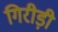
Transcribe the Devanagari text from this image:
गिरीड़ी